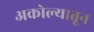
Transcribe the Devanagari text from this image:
अकोल्यातून